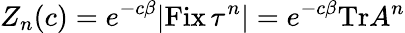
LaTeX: Z_{n}(c)=e^{-c\beta}|{\mathrm{Fix}}\, \tau^{n}|=e^{-c\beta}{\mathrm{Tr}}A^{n}